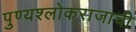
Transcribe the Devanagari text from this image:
पुण्यश्लोकराजाची